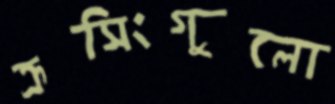
ক্রসিংগুলো